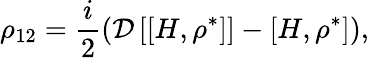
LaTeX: \rho_{12}=\frac{i}{2}\left(\mathcal{D}\left[[H,\mathcal{\rho^{*}}]\right]-[H,\mathcal{\rho^{*}}]\right),